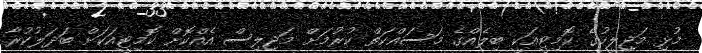
މުޅި މަޖިލީހުގެ ކޮމިޓީއަކީ ބިލެއްގެ މަސައްކަތް ކުރުމަށް މަޖިލިސް އެއްކޮށް ކޮމިޓީއަކަށް ބަދަލުކުރާ